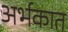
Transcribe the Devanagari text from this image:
अर्भकात